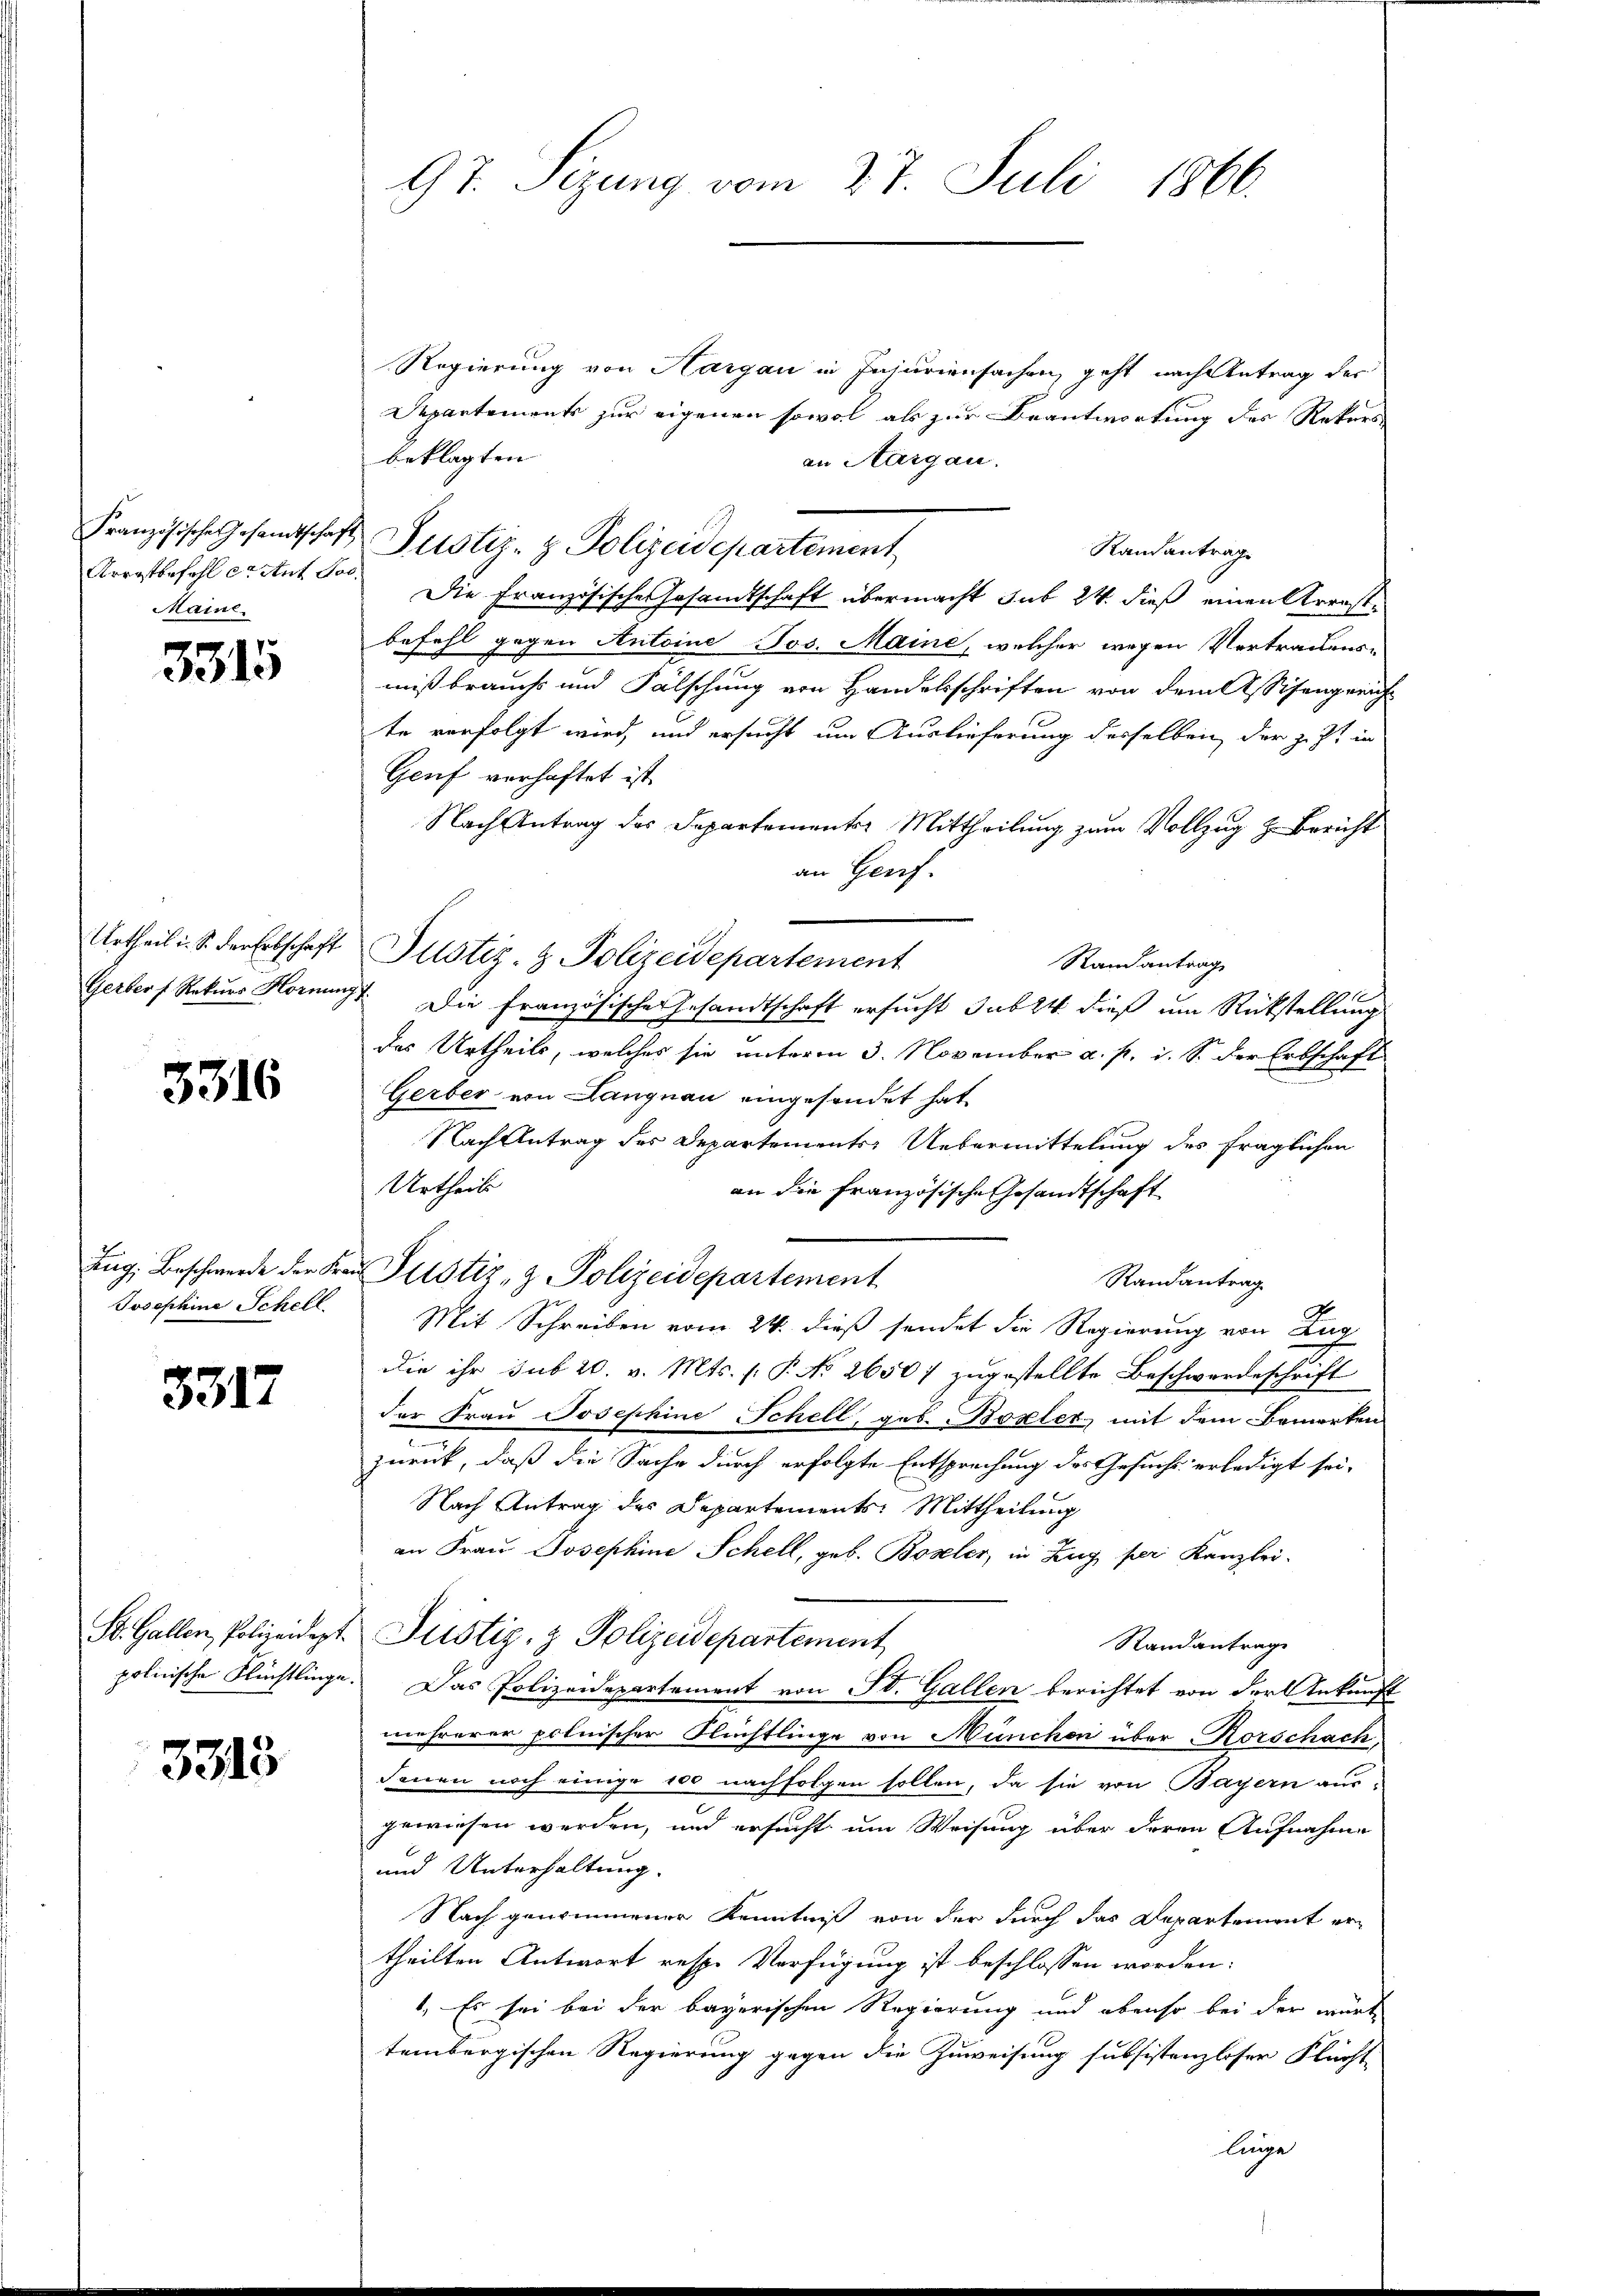
Arrestbefehl er Auf Jos.
Maint

3315

3316

3317

3313

Regierung von Hargau in Injuriensachen, geht nach Antrag des
Departements zur eigenen sowol als zur Beantwortung des Rekurs-
beklagten
an Aargau.
Randantrage
Die Französische Gesandtschaft übermacht sub 24. dieß einen Kernstbefehl gegen Antoine Jos. Maine, welcher wegen Vertrauens-
mißbrauchs und Fälschung von Handelsschriften von dem Assisangreich
te verfolgt wird, und ersucht um Auslieferung desselben der z. Zt. in
Genf verhaftet ist.
Nach Antrag des Departementer Mittheilung zum Vollzug z. Bericht
an Genf.
Urtheil i. S. der Erbschaft Pustiz- & Polizeidepartement
Randantrag
Gerber Rekurs Hornagt. Die französische Gesandtschaft ersucht Jubet dieß um Rückstellung
das Urtheils, welches sie unterm 3. November a. p. i. S. der Erbschaft
Gerber von Langnau eingesendet hat
Nach Antrag des Departements: Uebermittelung des fraglichen
Urtheils
an die Französische Gesandtschaft
Zug, Beschwerde der Frau Justiz- & Polizeidepartement
Randantrag
Josephine Schell. Mit Schreiben vom 24. dieß sendet die Regierung von Zug
die ihr sub 20. v. Mts. f. P. No 2650 zugestellte Beschwerdeschrift
der Frau Josephine Schell, geb. Boxler, mit dem Bemerken
zurück, daß die Sache durch erfolgte Entsprechung des Gesuchs erledigt sei,
Nach Antrag des Departements: Mittheilung
an Frau Josephine Schell, geb. Boseler, in Zug per Kanzlei-
St. Gallen, Polizeidept. Justiz- & Polizeidepartement,
Standantrage
polnische Flüchtlinge. Das Polizeidepartement von St. Gallen berichtet von der Ankunft
mehrerer polnischer Flüchtlinge von München über Korschach,
denen noch einige 100 nachfolgen sollen, da sie von Bayern aus-
gewiesen werden, und ersucht um Weisung über deren Aufnahme
und Unterhaltung.
Nach genommener Kenntniß von der durch das Departement ertheilten Antwort resp. Verfügung ist beschlossen worden:
1. Es sei bei der bayerischen Regierung und ebenso bei der wirt-
tembergischen Regierung gegen die Zuweisung subsistenzloser Flücht
linge

97. Sezung vom 27. Juli 1866.

Französische Gesandtschaft Zustiz- & Polizeidepartement